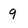
Character: 9